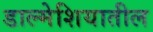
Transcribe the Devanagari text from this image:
डाल्मेशियातील